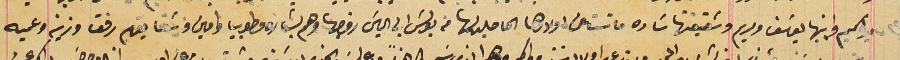
واكيم وابنيها يوسَف ومريم وشقيقها سَاره ماتت عن اولادها الحاصلين لها من بولسَ ابن الياسَ زوجها وهم بشاره وطوبيا وامين وشقايقهم رفقا وزينه وعميه